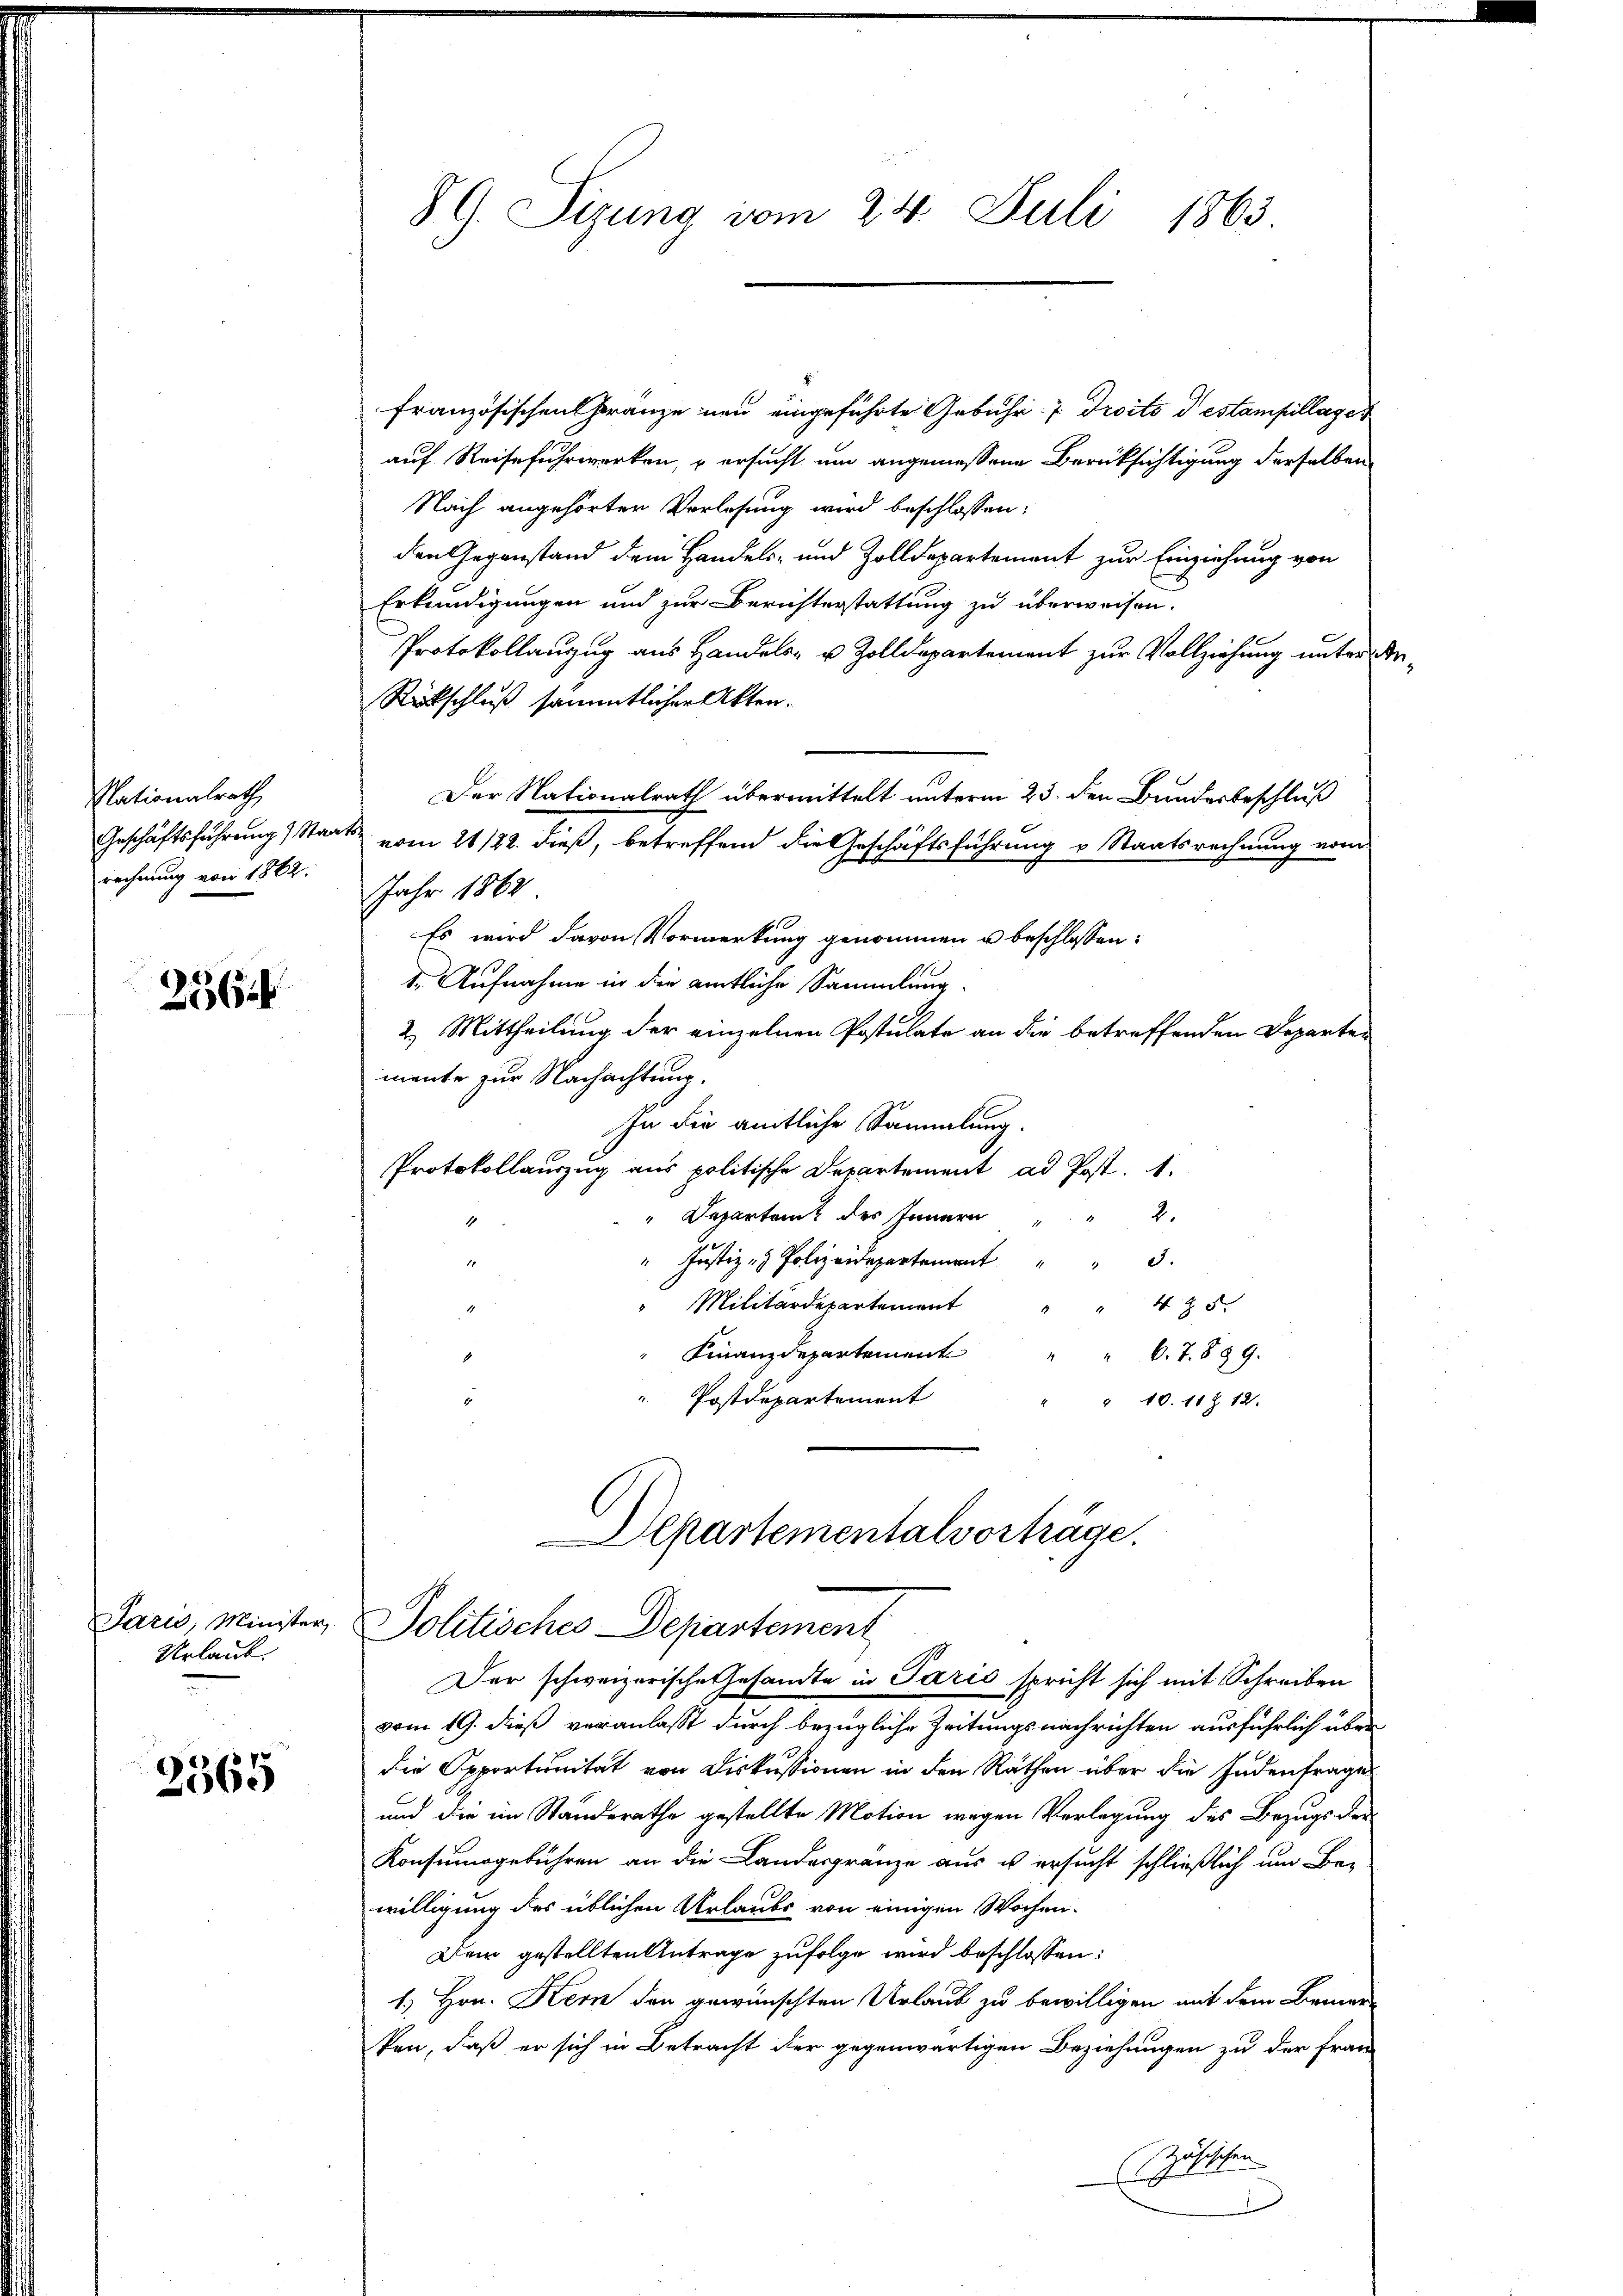
Nationalrath,
Geschäftsführung Staat
rechnung von 1862.

2564

Urlaub

2565

89. Sizung vom 24. Juli 1863.

Französischen Franze neu eingeführte Gebühr 7 Droits destampillaget
auf Reisefuhrwerken, u ersucht um angemessene Berücksichtigung derselben
Nach angehörter Vorlesung wird beschlossen:
den Gegenstand dem Handels- und Zolldepartement zur Einziehung von
Erkundigungen und zur Berichterstattung zu überweisen.
Protokollanzug aus Handels- u. Zolldepartement zur Vollziehung unter der¬
Rückschluß sämmtlicher Akten.
Der Nationalrath übermittelt unterm 23. den Bundesbeschluß
vom 21/22. dieß, betreffend die Geschäftsführung v. Staatsrechnung vom
Jahr 1862
Es wird davon Vormerkung genommen u beschlossen:
1. Aufnahme in die amtliche Sammlung
2) Mittheilung der einzelnen Postulate an die betreffenden Departen
mente zur Nachachtung.
In die amtliche Sammlung.
Protokollauszug aus politische Departement ad Post. 1.
2.
Departenz des Innern
Justiz & Polizeidepartem
Militärdepartement 5
Finanzdepartement
" 6. 7. § 89.
 Postdepartement
" 10. 11 Z 12.

Departementalvorträge.
Jarus, Minister, Politisches Departement

Der schweizerische Gesandte in Paris spricht sich mit Schreiben
vom 19. dieß veranlasst durch bezügliche Zeitungsnachrichten ausführlich über-
die Opportunität von Diskussionen in den Räthen über die Indenfrages
und die im Standerathe gestellte Motion wegen Verlegung des Bezugs der
Konsumsgebühren an die Landesgränze aus us ersucht schließlich um Bewilligung des üblichen Urlaubs von einigen Wochen.
Dein gestellten Antrage zufolge wird beschlossen:
1. Hrn. Kern den gewünschten Urlaub zu bewilligen mit dem Bemer-
ken, daß er sich in Betracht der gegenwärtigen Beziehungen zu der Frau
zösischen